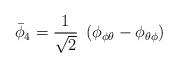
LaTeX: \begin{align*}\bar\phi_4 = {1 \over \sqrt 2}\; \left(\phi_{\phi\theta} -\phi_{\theta\phi}\right)\end{align*}